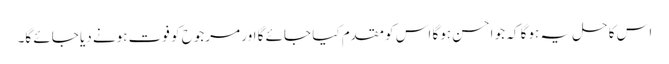
اس کا حل یہ ہوگا کہ جو احسن ہوگا اس کو مقدم کیا جائے گا اور مرجوح کو فوت ہونے دیا جائے گا۔